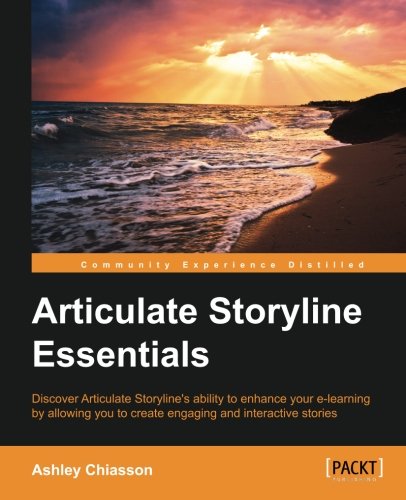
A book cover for Articulate Storyline Essentials; Ashley Chiasson; Computers & Technology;